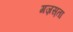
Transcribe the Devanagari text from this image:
गज़स़ता